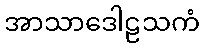
အာသာဒေါဠသကံ